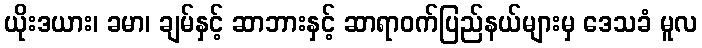
ယိုးဒယား၊ ခမာ၊ ချမ်နှင့် ဆာဘားနှင့် ဆာရာဝက်ပြည်နယ်များမှ ဒေသခံ မူလ